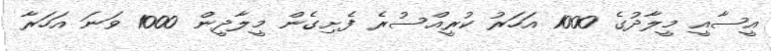
އީސާއީ މީލާދުގެ 1000 އަހަރު ކުރީއްސުރެ ފެށިގެން މީލާދީން 1000 ވަނަ އަހަރާ